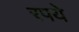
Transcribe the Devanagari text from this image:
रपये